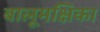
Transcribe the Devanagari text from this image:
बालूमक्षिका